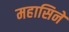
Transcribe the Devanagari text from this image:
महासिने